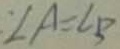
\angle A = \angle B